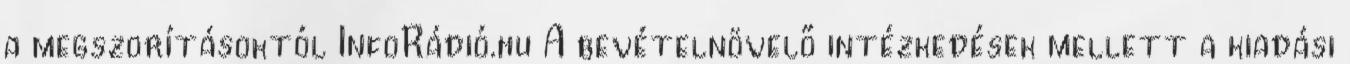
a megszorításoktól InfoRádió.hu A bevételnövelő intézkedések mellett a kiadási